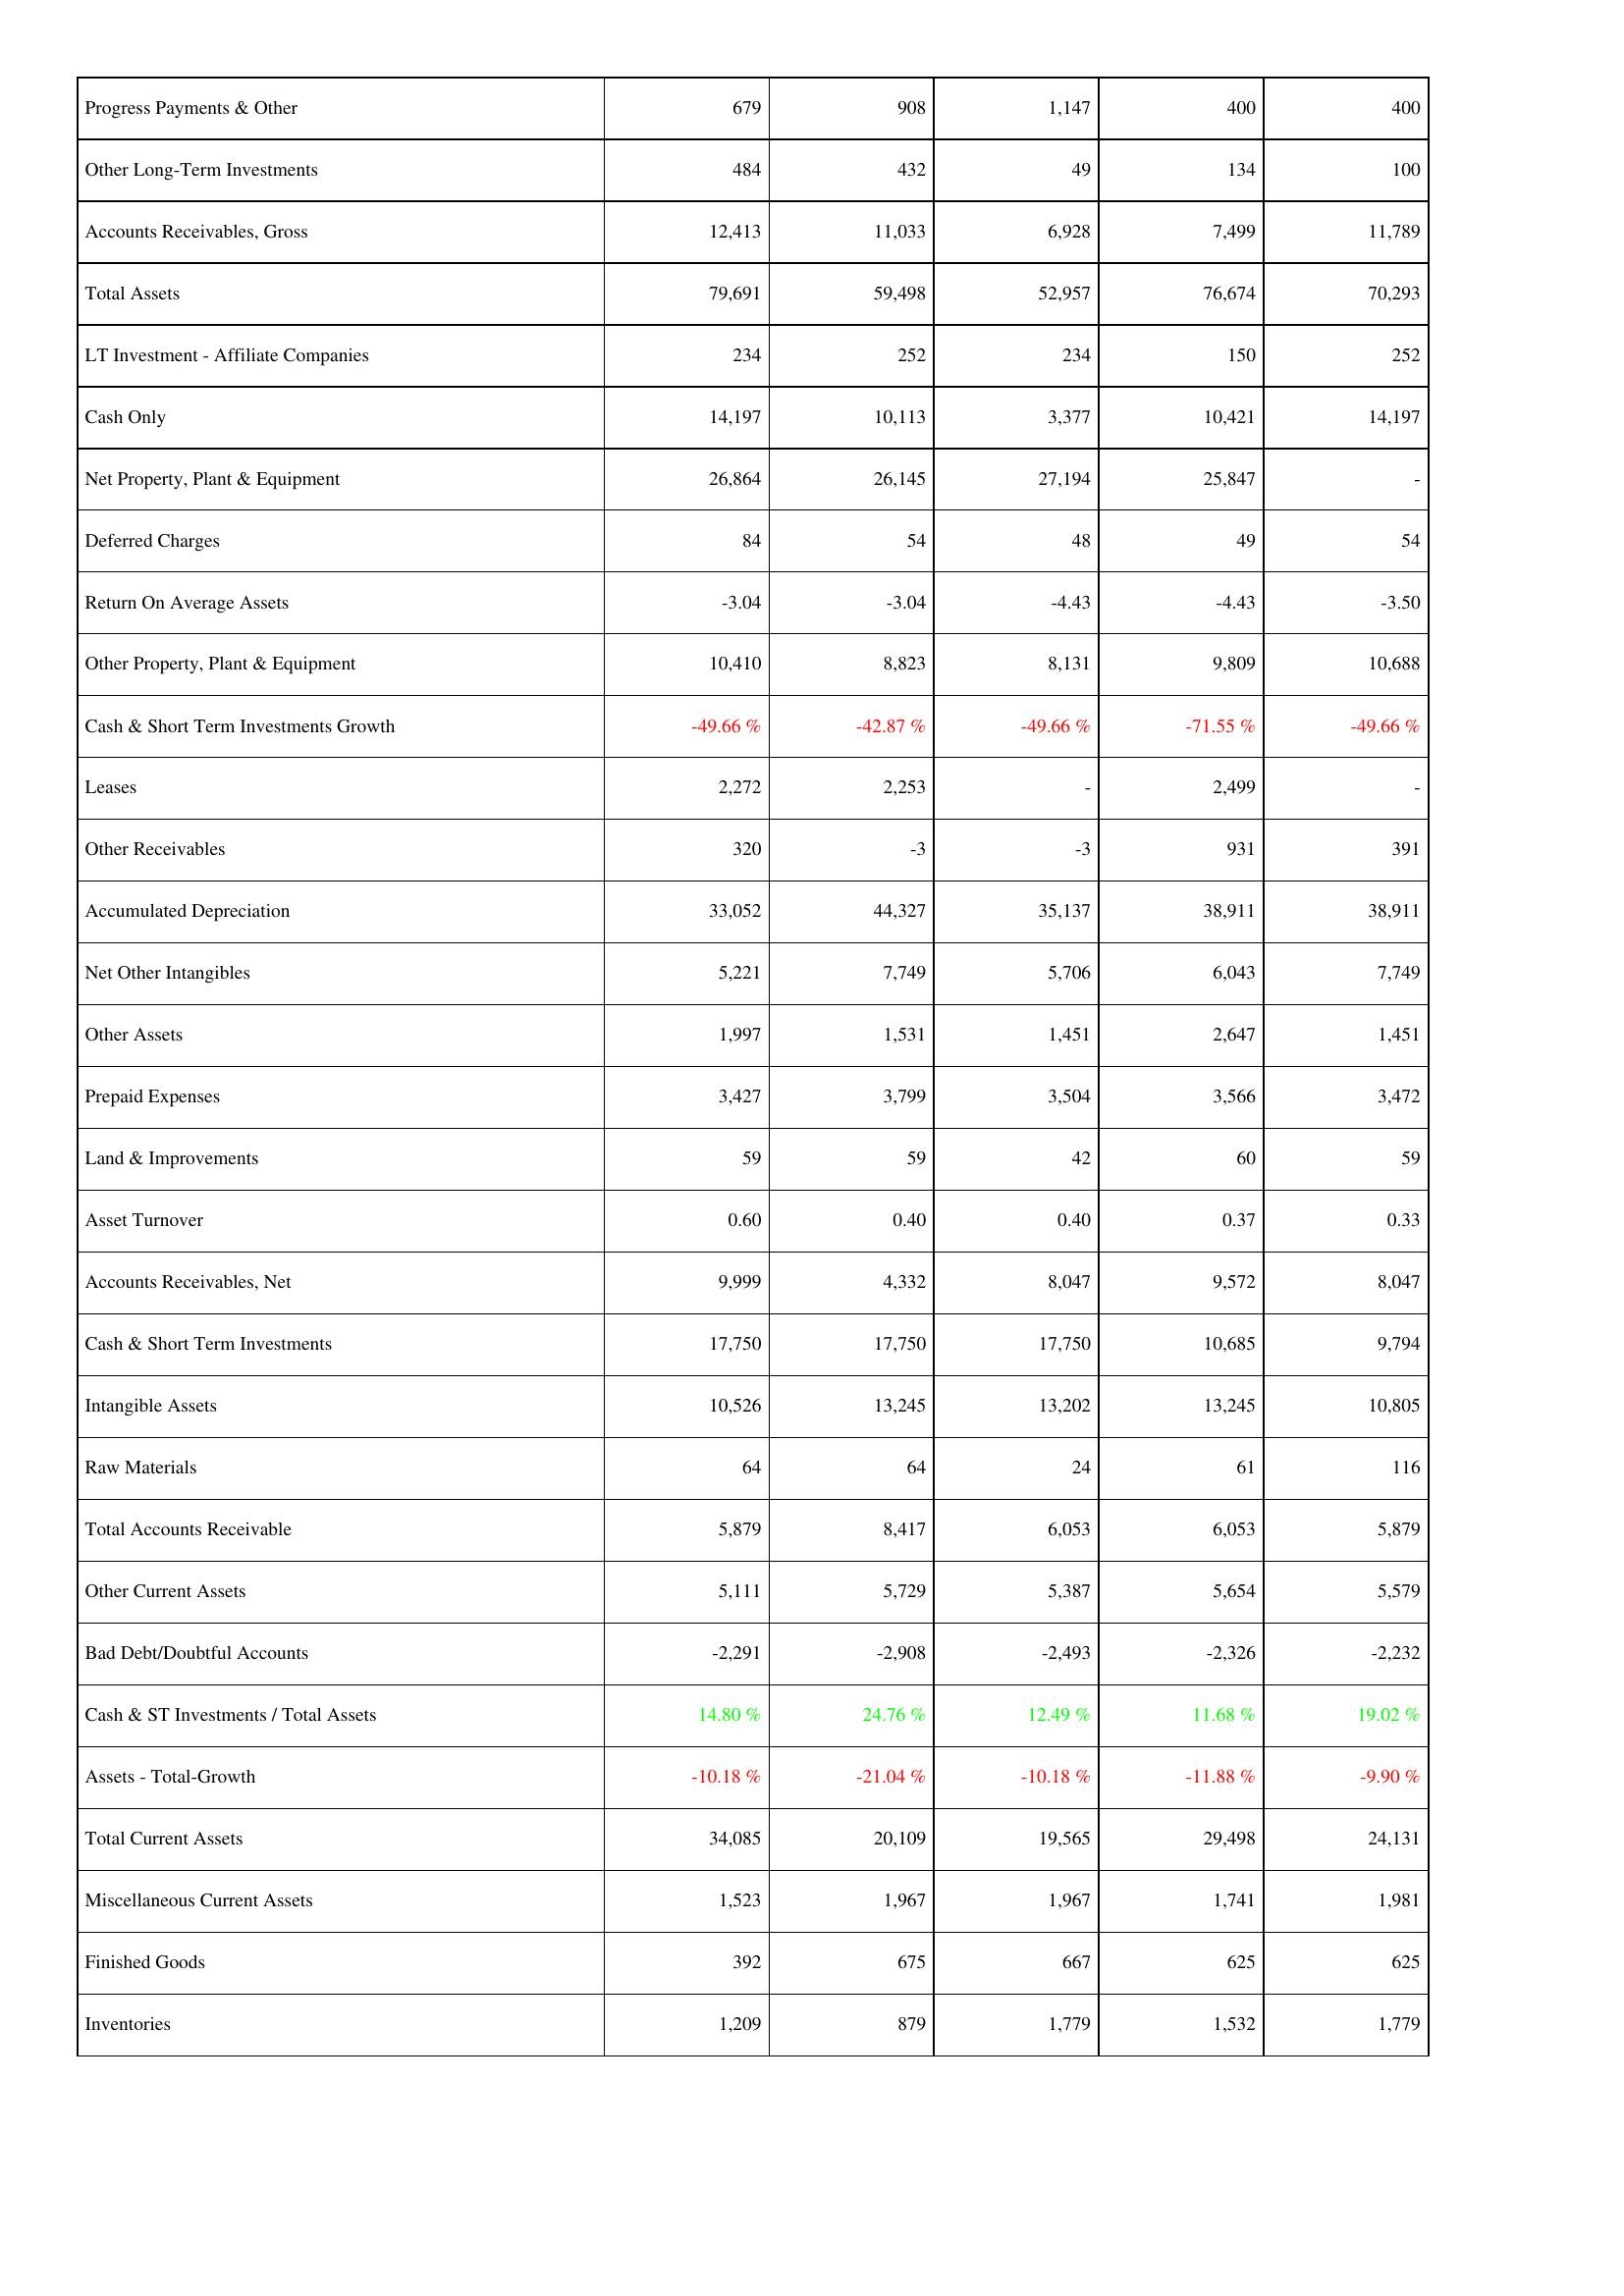
2019: Assets: Progress Payments & Other: 679
Other Long-Term Investments: 484
Accounts Receivables, Gross: 12,413
Total Assets: 79,691
LT Investment - Affiliate Companies: 234
Cash Only: 14,197
Net Property, Plant & Equipment: 26,864
Deferred Charges: 84
Return On Average Assets: -3.04
Other Property, Plant & Equipment: 10,410
Cash & Short Term Investments Growth: -49.66 %
Leases: 2,272
Other Receivables: 320
Accumulated Depreciation: 33,052
Net Other Intangibles: 5,221
Other Assets: 1,997
Prepaid Expenses: 3,427
Land & Improvements: 59
Asset Turnover: 0.60
Accounts Receivables, Net: 9,999
Cash & Short Term Investments: 17,750
Intangible Assets: 10,526
Raw Materials: 64
Total Accounts Receivable: 5,879
Other Current Assets: 5,111
Bad Debt/Doubtful Accounts: -2,291
Cash & ST Investments / Total Assets: 14.80 %
Assets - Total-Growth: -10.18 %
Total Current Assets: 34,085
Miscellaneous Current Assets: 1,523
Finished Goods: 392
Inventories: 1,209
2020: Assets: Progress Payments & Other: 908
Other Long-Term Investments: 432
Accounts Receivables, Gross: 11,033
Total Assets: 59,498
LT Investment - Affiliate Companies: 252
Cash Only: 10,113
Net Property, Plant & Equipment: 26,145
Deferred Charges: 54
Return On Average Assets: -3.04
Other Property, Plant & Equipment: 8,823
Cash & Short Term Investments Growth: -42.87 %
Leases: 2,253
Other Receivables: -3
Accumulated Depreciation: 44,327
Net Other Intangibles: 7,749
Other Assets: 1,531
Prepaid Expenses: 3,799
Land & Improvements: 59
Asset Turnover: 0.40
Accounts Receivables, Net: 4,332
Cash & Short Term Investments: 17,750
Intangible Assets: 13,245
Raw Materials: 64
Total Accounts Receivable: 8,417
Other Current Assets: 5,729
Bad Debt/Doubtful Accounts: -2,908
Cash & ST Investments / Total Assets: 24.76 %
Assets - Total-Growth: -21.04 %
Total Current Assets: 20,109
Miscellaneous Current Assets: 1,967
Finished Goods: 675
Inventories: 879
2021: Assets: Progress Payments & Other: 1,147
Other Long-Term Investments: 49
Accounts Receivables, Gross: 6,928
Total Assets: 52,957
LT Investment - Affiliate Companies: 234
Cash Only: 3,377
Net Property, Plant & Equipment: 27,194
Deferred Charges: 48
Return On Average Assets: -4.43
Other Property, Plant & Equipment: 8,131
Cash & Short Term Investments Growth: -49.66 %
Leases: -
Other Receivables: -3
Accumulated Depreciation: 35,137
Net Other Intangibles: 5,706
Other Assets: 1,451
Prepaid Expenses: 3,504
Land & Improvements: 42
Asset Turnover: 0.40
Accounts Receivables, Net: 8,047
Cash & Short Term Investments: 17,750
Intangible Assets: 13,202
Raw Materials: 24
Total Accounts Receivable: 6,053
Other Current Assets: 5,387
Bad Debt/Doubtful Accounts: -2,493
Cash & ST Investments / Total Assets: 12.49 %
Assets - Total-Growth: -10.18 %
Total Current Assets: 19,565
Miscellaneous Current Assets: 1,967
Finished Goods: 667
Inventories: 1,779
2022: Assets: Progress Payments & Other: 400
Other Long-Term Investments: 134
Accounts Receivables, Gross: 7,499
Total Assets: 76,674
LT Investment - Affiliate Companies: 150
Cash Only: 10,421
Net Property, Plant & Equipment: 25,847
Deferred Charges: 49
Return On Average Assets: -4.43
Other Property, Plant & Equipment: 9,809
Cash & Short Term Investments Growth: -71.55 %
Leases: 2,499
Other Receivables: 931
Accumulated Depreciation: 38,911
Net Other Intangibles: 6,043
Other Assets: 2,647
Prepaid Expenses: 3,566
Land & Improvements: 60
Asset Turnover: 0.37
Accounts Receivables, Net: 9,572
Cash & Short Term Investments: 10,685
Intangible Assets: 13,245
Raw Materials: 61
Total Accounts Receivable: 6,053
Other Current Assets: 5,654
Bad Debt/Doubtful Accounts: -2,326
Cash & ST Investments / Total Assets: 11.68 %
Assets - Total-Growth: -11.88 %
Total Current Assets: 29,498
Miscellaneous Current Assets: 1,741
Finished Goods: 625
Inventories: 1,532
2023: Assets: Progress Payments & Other: 400
Other Long-Term Investments: 100
Accounts Receivables, Gross: 11,789
Total Assets: 70,293
LT Investment - Affiliate Companies: 252
Cash Only: 14,197
Net Property, Plant & Equipment: -
Deferred Charges: 54
Return On Average Assets: -3.50
Other Property, Plant & Equipment: 10,688
Cash & Short Term Investments Growth: -49.66 %
Leases: -
Other Receivables: 391
Accumulated Depreciation: 38,911
Net Other Intangibles: 7,749
Other Assets: 1,451
Prepaid Expenses: 3,472
Land & Improvements: 59
Asset Turnover: 0.33
Accounts Receivables, Net: 8,047
Cash & Short Term Investments: 9,794
Intangible Assets: 10,805
Raw Materials: 116
Total Accounts Receivable: 5,879
Other Current Assets: 5,579
Bad Debt/Doubtful Accounts: -2,232
Cash & ST Investments / Total Assets: 19.02 %
Assets - Total-Growth: -9.90 %
Total Current Assets: 24,131
Miscellaneous Current Assets: 1,981
Finished Goods: 625
Inventories: 1,779